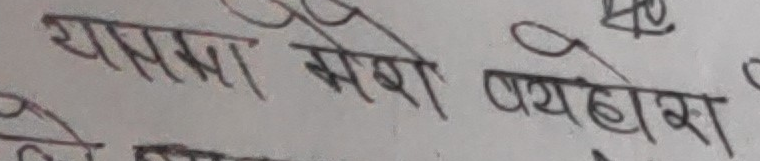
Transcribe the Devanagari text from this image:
यसमा मेरो प्रयोगहोस्